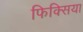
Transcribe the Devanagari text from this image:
फिक्सिया